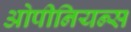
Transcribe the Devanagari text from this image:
ओपीनियन्स